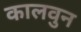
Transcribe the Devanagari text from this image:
कालवुन